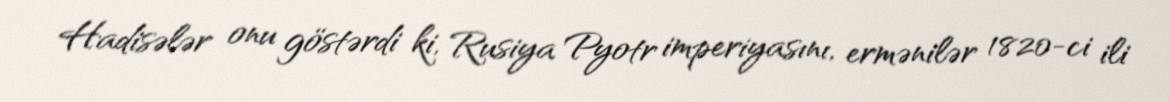
Hadisələr onu göstərdi ki, Rusiya Pyotr imperiyasını, ermənilər 1820-ci ili